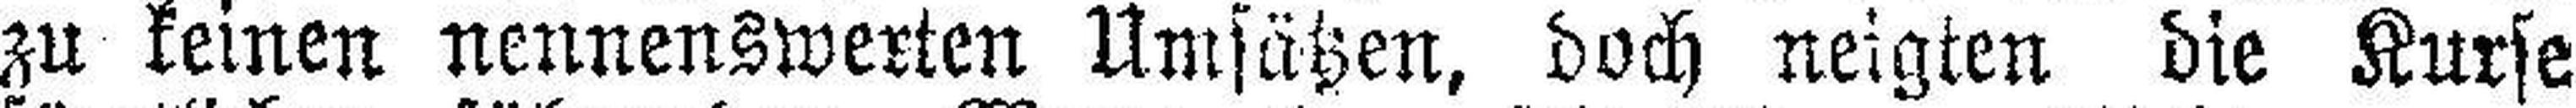
zu keinen nennenswerten Umsätzen, doch neigten die Kurse